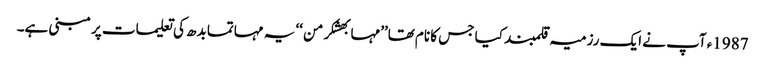
1987ء آپ نے ایک رزمیہ قلمبند کیا جس کا نام تھا’’مہابھشکرمن ‘‘ یہ مہاتما بدھ کی تعلیمات پر مبنی ہے۔